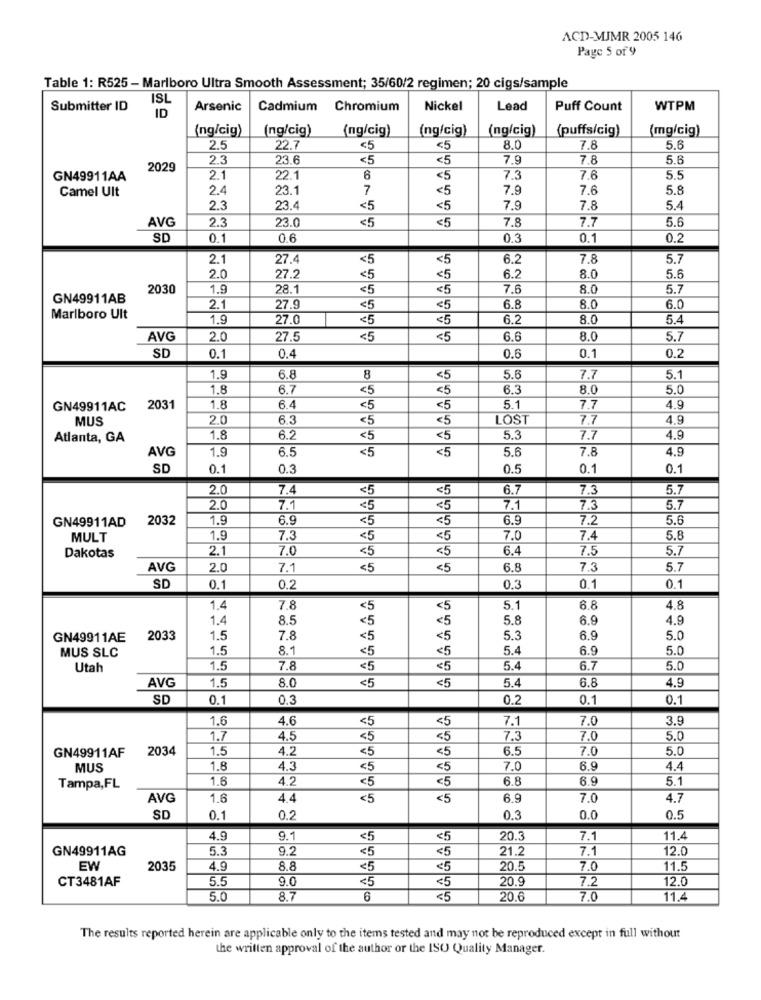
ACD-MJMR 2005 146
Page 5 of 9
Table 1: R525 - Marlboro Ultra Smooth Assessment; 35/60/2 regimen; 20 cigs/sample
ISL
Submitter ID
ID
Arsenic
Cadmium Chromium
Nickel
Lead
Puff Count
WTPM
(ng/cig)
(ng/cig)
(ng/cig)
(ng/cig)
(ng/cig)
(puffs/cig)
(mg/cig)
2.5
22.7
<5
<5
8.0
7.8
5.6
2.3
23.6
<5
<5
7.9
78
5.6
2029
GN49911AA
2.1
22.1
6
<5
7.3
7.6
5.5
2.4
23.1
7
<5
7.9
7.6
5.8
Camel Ult
2.3
23.4
<5
<5
7.9
7.8
5.4
AVG
2.3
23.0
<5
<5
7.8
7.7
5.6
SD
0.1
0.6
0.3
0.1
0.2
2.1
27.4
<5
<5
6.2
7.8
5.7
27.2
6.2
8.0
5.6
2.0
<5
<5
2030
1.9
28.1
<5
<5
7.6
8.0
5.7
GN49911AB
2.1
27.9
<5
<5
6.8
8.0
6.0
Marlboro Ult
1.9
27.0
<5
<5
6.2
8.0
5.4
AVG
2.0
27.5
<5
<5
6.6
8.0
5.7
0.2
SD
0.1
0.4
0.6
0.1
1.9
6.8
8
<5
5.6
7.7
5.1
1.8
6.7
<5
<5
6.3
8.0
5.0
GN 49911AC
2031
1.8
6.4
<5
<5
5.1
7.7
4.9
MUS
2.0
6.3
<5
<5
LOST
7.7
4.9
Atlanta, GA
1.8
6.2
<5
<5
5.3
7.7
4.9
6.5
<5
5.6
7.8
4.9
AVG
1.9
<5
SD
0.1
0.3
0.5
0.1
0.1
2.0
7.4
<5
<5
6.7
7.3
5.7
2.0
7.1
<5
<5
7.1
7.3
5.7
2032
1.9
6.9
<5
<5
6.9
7.2
5.6
GN49911AD
MULT
1.9
7.3
<5
<5
7.0
7.4
5.8
2.1
7.0
<5
<5
6.4
7.5
5.7
Dakotas
AVG
2.0
7.1
<5
<5
6.8
7.3
5.7
SD
0.1
0.2
0.3
0.1
0.1
1.4
7.8
<5
5.1
6.8
4.8
1.4
8.5
5.8
6.9
4.9
<5
GN49911AE
2033
1.5
7.8
<5
5.3
6.9
5.0
1.5
8.1
<5
5.4
6.9
5.0
MUS SLC
Utah
1.5
7.8
<5
<5
5.4
6.7
5.0
AVG
5.4
1.5
8.0
<5
<5
6.8
4.9
SD
0.1
0.3
0.2
0.1
0.1
1.6
4.6
<5
7.1
7.0
3.9
<5
1.7
4.5
<5
7.3
7.0
5.0
GN49911AF
2034
1.5
4.2
<5
<5
6.5
7.0
5.0
MUS
1.8
4.3
<5
<5
7.0
6.9
4.4
1.6
4.2
<5
<5
6.8
6.9
5.1
Tampa,FL
AVG
1.6
4.4
<5
<5
6.9
7.0
4.7
SD
0.1
0.2
0.3
0.0
0.5
4.9
9.1
<5
<5
20.3
7.1
11.4
GN49911AG
5.3
9.2
<5
<5
21.2
7.1
12.0
EW
2035
4.9
8.8
<5
<5
20.5
7.0
11.5
CT3481AF
5.5
9.0
<5
20.9
7.2
12.0
<5
5.0
8.7
6
₹5
20.6
7.0
11.4
The results reported herein are applicable only to the items tested and may not be reproduced except in full without
the written approval of the author or the ISO Quality Manager.